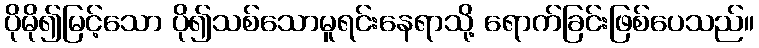
ပိုမို၍မြင့်သော ပို၍သစ်သောမူရင်းနေရာသို့ ရောက်ခြင်းဖြစ်ပေသည်။